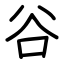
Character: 谷